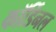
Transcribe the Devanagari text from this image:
कॉर्डिनल